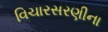
વિચારસરણીના